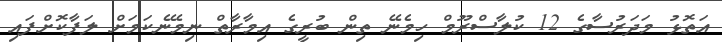
އަތޮޅު މަދަރުސާގެ 12 ކުލާސްރޫމް ހިމެނޭ ތިން ބުރީގެ އިމާރާތް ނިމޭނެކަމަށް ލަފާކޮށްފައި